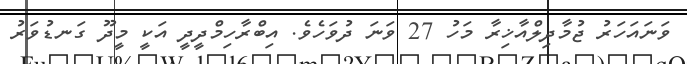
ވަނައަހަރު ޖުމާދިލްއާޚިރާ މަހު 27 ވަނަ ދުވަހެވެ. އިބްރާހިމްދީދީ އަކީ މީދޫ ގަނޑުވަރު